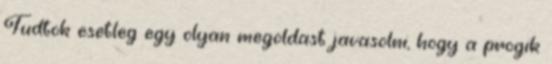
Tudtok esetleg egy olyan megoldast javasolni, hogy a progik